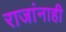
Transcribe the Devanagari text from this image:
राजांनाही